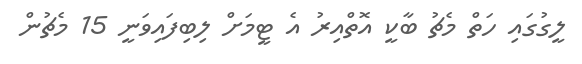
ލީގުގައި ހަތް މެޗު ބާކީ އޮތްއިރު އެ ޓީމަށް ލިބިފައިވަނީ 15 މެޗުން